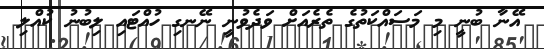
އޭނާ ބުނީ މި މަސައްކަތުގެ ތެރެއަށް ވަދެވުނީ ނޭނގި ހުއްޓައި ލިބުނު ކުއްލި